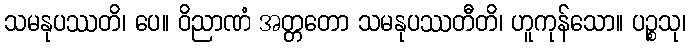
သမနုပဿတိ၊ ပေ။ ဝိညာဏံ အတ္တတော သမနုပဿတီတိ၊ ဟူကုန်သော။ ပဉ္စသု၊